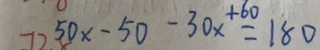
5 0 x - 5 0 - 3 0 x + 6 0 = 1 8 0